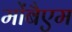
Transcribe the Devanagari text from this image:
मोंबैएम